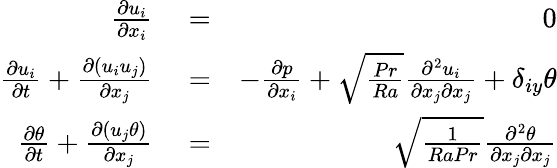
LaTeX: \begin{array}{rlr}{\frac{\partial u_{i}}{\partial x_{i}}}&{{}=}&{0}\\ {\frac{\partial u_{i}}{\partial t}+\frac{\partial(u_{i}u_{j})}{\partial x_{j}}}&{{}=}&{-\frac{\partial p}{\partial x_{i}}+\sqrt{\frac{Pr}{Ra}}\frac{\partial^{2}u_{i}}{\partial x_{j}\partial x_{j}}+\delta_{iy}\theta}\\ {\frac{\partial\theta}{\partial t}+\frac{\partial(u_{j}\theta)}{\partial x_{j}}}&{{}=}&{\sqrt{\frac{1}{RaPr}}\frac{\partial^{2}\theta}{\partial x_{j}\partial x_{j}}}\end{array}